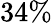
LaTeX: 34\%